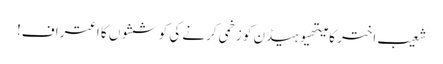
شعیب اختر کا میتھیوہیڈن کو زخمی کرنے کی کوششوں کا اعتراف!